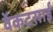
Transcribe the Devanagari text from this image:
वेंकटसाईं